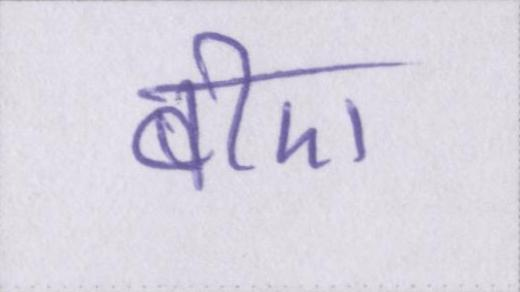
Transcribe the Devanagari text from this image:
बीए